Punjab Mental Hospital Lahore 1922-31 - 1922-1931
Year: 1922
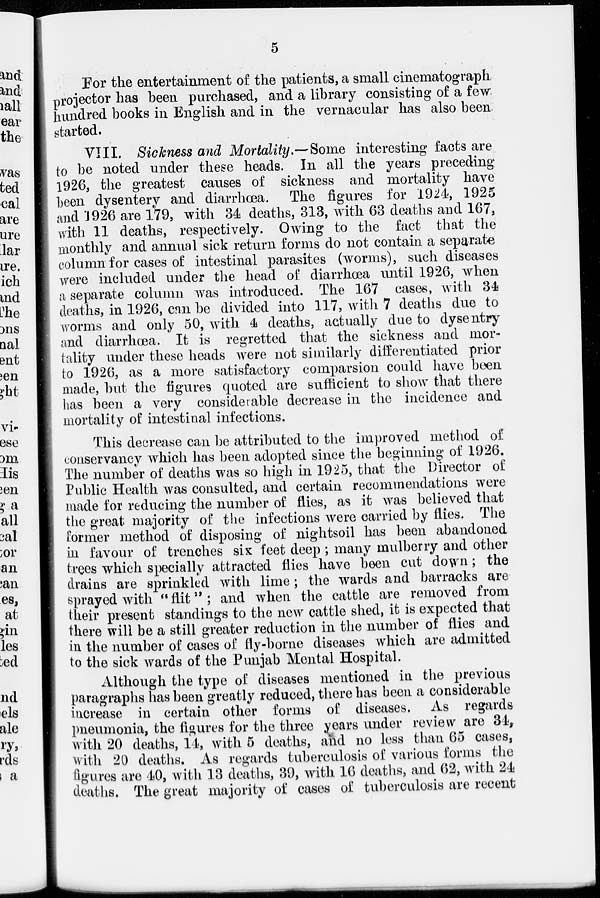
5
For the entertainment of the patients, a small cinematograph
projector has been purchased, and a library consisting of a few
hundred books in English and in the vernacular has also been
started.
VIII. Sickness and Mortality.—Some interesting facts are
to be noted under these heads. In all the years preceding
1926, the greatest causes of sickness and mortality have
been dysentery and diarrhœa. The figures for 1924, 1925
and 1926 are 179, with 34 deaths, 313, with 63 deaths and 167,
with 11 deaths, respectively. Owing to the fact that the
monthly and annual sick return forms do not contain a separate
column for cases of intestinal parasites (worms), such diseases
were included under the head of diarrhœa until 1926, when
a separate column was introduced. The 167 cases, with 34
deaths, in 1926, can be divided into 117, with 7 deaths due to
worms and only 50, with 4 deaths, actually due to dysentry
and diarrhœa. It is regretted that the sickness and mor-
tality under these heads were not similarly differentiated prior
to 1926, as a more satisfactory comparsion could have been
made, but the figures quoted are sufficient to show that there
has been a very considerable decrease in the incidence and
mortality of intestinal infections.
This decrease can be attributed to the improved method of
conservancy which has been adopted since the beginning of 1926.
The number of deaths was so high in 1925, that the Director of
Public Health was consulted, and certain recommendations were
made for reducing the number of flies, as it was believed that
the great majority of the infections were carried by flies. The
former method of disposing of nightsoil has been abandoned
in favour of trenches six feet deep ; many mulberry and other
trees which specially attracted flies have been cut down; the
drains are sprinkled with lime; the wards and barracks are
sprayed with "flit"; and when the cattle are removed from
their present standings to the new cattle shed, it is expected that
there will be a still greater reduction in the number of flies and
in the number of cases of fly-borne diseases which are admitted
to the sick wards of the Punjab Mental Hospital.
Although the type of diseases mentioned in the previous
paragraphs has been greatly reduced, there has been a considerable
increase in certain other forms of diseases. As regards
pneumonia, the figures for the three years under review are 34,
with 20 deaths, 14, with 5 deaths, and no less than 65 cases,
with 20 deaths. As regards tuberculosis of various forms the
figures are 40, with 13 deaths, 39, with 16 deaths, and 62, with 24
deaths. The great majority of cases of tuberculosis are recent